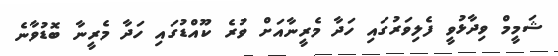
ޝަމީމް ވިދާޅުވީ ފެލިވަރުގައި ހަދާ މެރީނާއަށް ވުރެ ކޫއްޑުގައި ހަދާ މެރީނާ ބޮޑުވާނެ